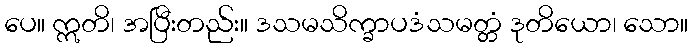
ပေ။ ဣတိ၊ အပြီးတည်း။ ဒသမသိက္ခာပဒံသမတ္တံ ဒုတိယော၊ သော။